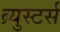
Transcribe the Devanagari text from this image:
ब्र्युस्टर्स